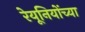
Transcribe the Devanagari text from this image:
रेयूनियोंच्या